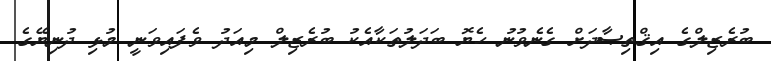
ބުރެޒިލްގެ އިޤްތިޞާދަށް ގެނެވުނު ހެޔޮ ބަދަލުތަކާއެކު ބުރެޒިލް މިއަދު ވެފައިވަނީ މުޅި ދުނިޔޭގެ